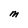
Character: M